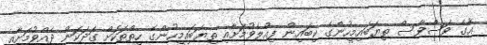
އާގެ ވަސްވާސް ތިޔަބައިމީހުންގެ ކިބައިން ފިއްލެވުމަށާއި ތިޔަބައިމީހުންގެ ހިތްތަކަށް ގަދަކަން ދެއްވުމަށާއި